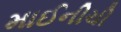
માઈનીચી